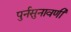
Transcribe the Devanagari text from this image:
पुर्नसुनावणी